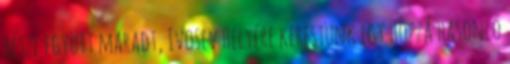
része együtt maradt, Ivosev helyére kerestünk egy hozzá hasonló